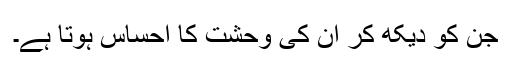
جن کو دیکھ کر ان کی وحشت کا احساس ہوتا ہے۔